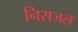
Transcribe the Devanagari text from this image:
निराजल